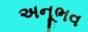
અનૂભવ